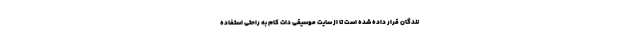
نندگان قرار داده شده است تا از سایت موسیقی دات کام به راحتی استفاده